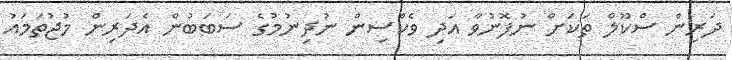
ދަރިން ސްކޫލް ތަކަށް ނުފޮނުވާ އަދި ވެކްސިން ނުދިނުމުގެ ސަބަބުން އެދަރިން މުޖުތަމައު